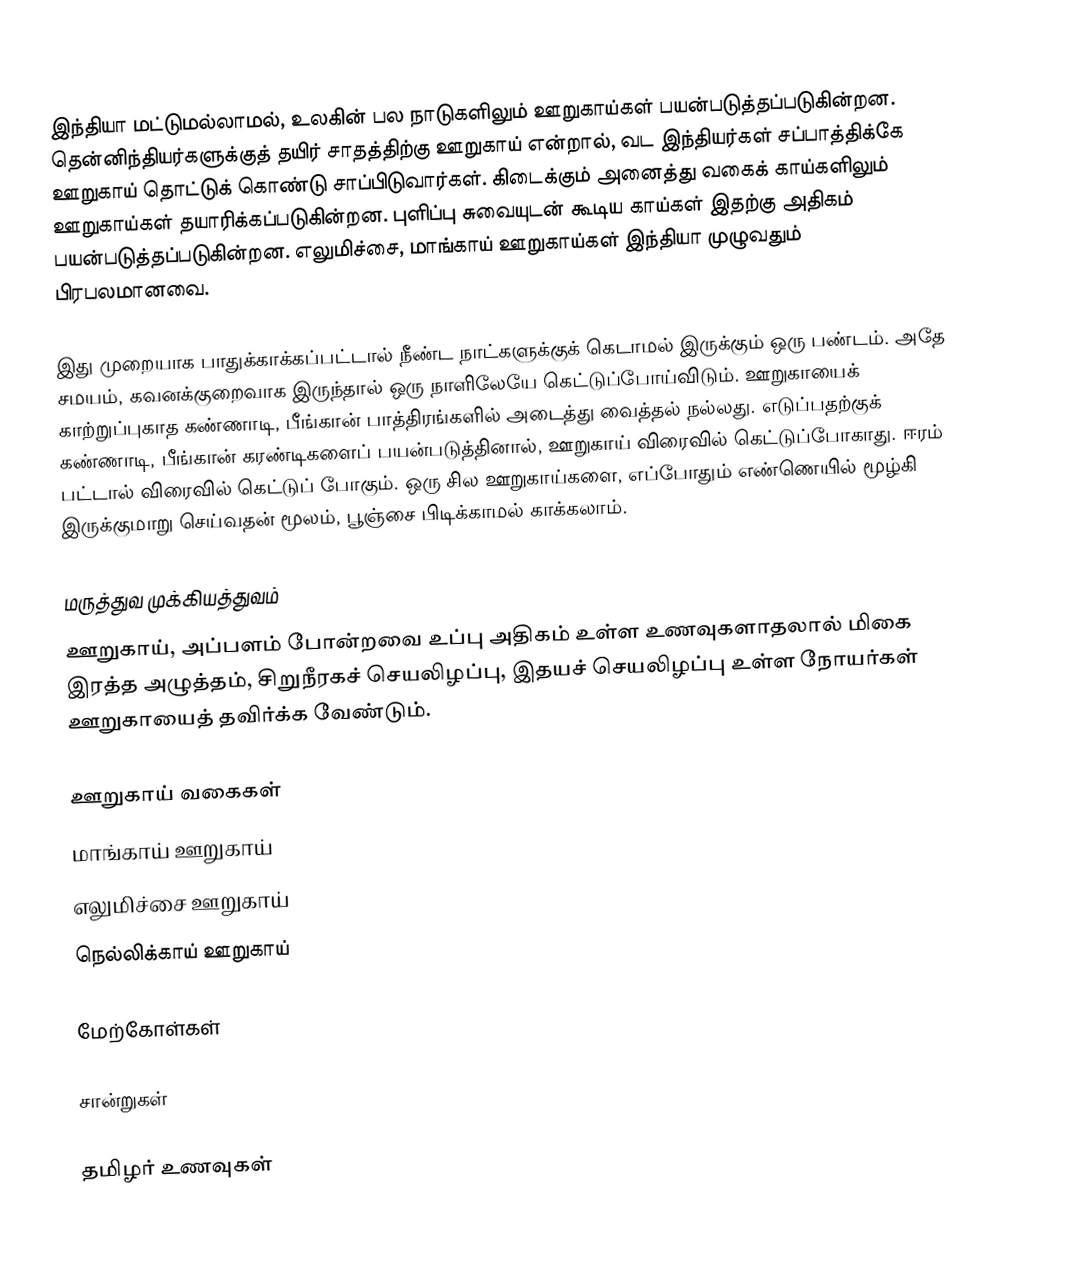
இந்தியா மட்டுமல்லாமல், உலகின் பல நாடுகளிலும் ஊறுகாய்கள் பயன்படுத்தப்படுகின்றன. தென்னிந்தியர்களுக்குத் தயிர் சாதத்திற்கு ஊறுகாய் என்றால், வட இந்தியர்கள் சப்பாத்திக்கே ஊறுகாய் தொட்டுக் கொண்டு சாப்பிடுவார்கள். கிடைக்கும் அனைத்து வகைக் காய்களிலும் ஊறுகாய்கள் தயாரிக்கப்படுகின்றன. புளிப்பு சுவையுடன் கூடிய காய்கள் இதற்கு அதிகம் பயன்படுத்தப்படுகின்றன. எலுமிச்சை, மாங்காய் ஊறுகாய்கள் இந்தியா முழுவதும் பிரபலமானவை.

இது முறையாக பாதுக்காக்கப்பட்டால் நீண்ட நாட்களுக்குக் கெடாமல் இருக்கும் ஒரு பண்டம். அதே சமயம், கவனக்குறைவாக இருந்தால் ஒரு  நாளிலேயே கெட்டுப்போய்விடும். ஊறுகாயைக் காற்றுப்புகாத கண்ணாடி, பீங்கான் பாத்திரங்களில் அடைத்து வைத்தல் நல்லது. எடுப்பதற்குக் கண்ணாடி, பீங்கான் கரண்டிகளைப் பயன்படுத்தினால், ஊறுகாய் விரைவில் கெட்டுப்போகாது. ஈரம் பட்டால் விரைவில் கெட்டுப் போகும். ஒரு சில ஊறுகாய்களை, எப்போதும் எண்ணெயில் மூழ்கி இருக்குமாறு செய்வதன் மூலம், பூஞ்சை பிடிக்காமல் காக்கலாம்.

மருத்துவ முக்கியத்துவம்
ஊறுகாய், அப்பளம் போன்றவை உப்பு அதிகம் உள்ள உணவுகளாதலால் மிகை இரத்த அழுத்தம், சிறுநீரகச் செயலிழப்பு, இதயச் செயலிழப்பு உள்ள நோயர்கள் ஊறுகாயைத் தவிர்க்க வேண்டும்.

ஊறுகாய் வகைகள்
 மாங்காய் ஊறுகாய்
 எலுமிச்சை ஊறுகாய்
 நெல்லிக்காய் ஊறுகாய்

மேற்கோள்கள்

சான்றுகள்

தமிழர் உணவுகள்